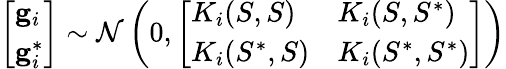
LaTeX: \left[\begin{array}{l}{\mathbf{g}_{i}}\\ {\mathbf{g}_{i}^{*}}\end{array}\right]\sim\mathcal{N}\left(0,\left[\begin{array}{ll}{K_{i}(S,S)}&{K_{i}(S,S^{*})}\\ {K_{i}(S^{*},S)}&{K_{i}(S^{*},S^{*})}\end{array}\right]\right)